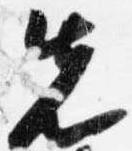
先